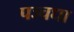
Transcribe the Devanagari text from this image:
पञ्चधा